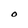
Character: O